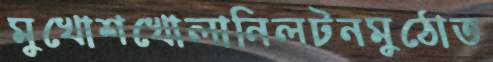
মুখোশখোলানিলটনমুঠোত